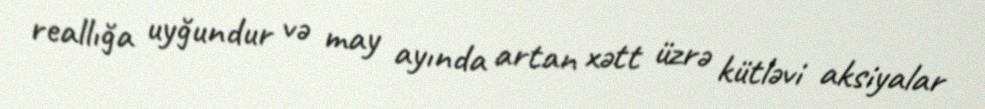
reallığa uyğundur və may ayında artan xətt üzrə kütləvi aksiyalar